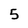
Character: 5